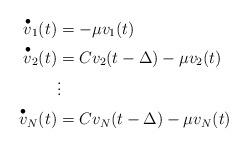
LaTeX: \begin{align*}\overset{\bullet}{v}_1(t) &= -\mu v_1(t) \\\overset{\bullet}{v}_2(t) &= C v_2(t - \Delta) - \mu v_2(t)\\&\vdots\\\overset{\bullet}{v}_N(t) &= C v_N(t - \Delta) - \mu v_N(t)\end{align*}